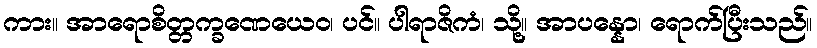
ကား။ အာရောစိတ္တက္ခဏေယေဝ၊ ပင်။ ပါရာဇိကံ၊ သို့။ အာပန္နော၊ ရောက်ပြီးသည်။